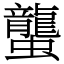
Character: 蠪